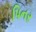
પિનર